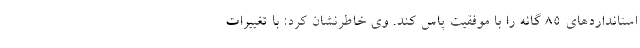
استانداردهای ۸۵ گانه را با موفقیت پاس کند. وی خاطرنشان کرد: با تغییرات